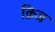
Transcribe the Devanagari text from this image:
क्रिज